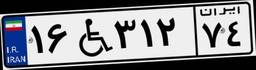
۱۶W۳۱۲۷۴